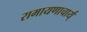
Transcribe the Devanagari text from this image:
रामायणाचार्य्